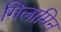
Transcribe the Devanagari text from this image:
गिलामिन